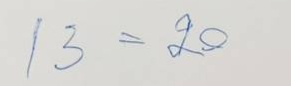
13 = 20